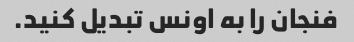
فنجان را به اونس تبدیل کنید.